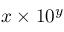
x \times 1 0 ^ { y }